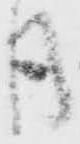
月